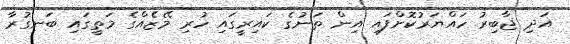
އަދި ޖާބިރު ހައްޔަރުކޮށްފައި އިން ތަނުގެ ކައިރީގައި ހުރި މޭޒެއްގެ މަތީގައި ބަނގުރާ